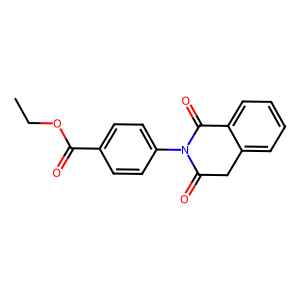
SMILES: CCOC(=O)c1ccc(N2C(=O)Cc3ccccc3C2=O)cc1
Inhibits HIV replication: No